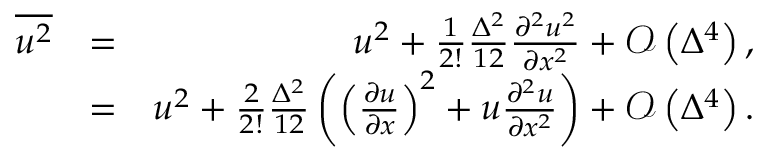
\begin{array} { r l r } { \overline { { { u ^ { 2 } } } } } & { = } & { u ^ { 2 } + \frac { 1 } { 2 ! } \frac { \Delta ^ { 2 } } { 1 2 } \frac { \partial ^ { 2 } u ^ { 2 } } { \partial x ^ { 2 } } + \mathcal { O } \left( \Delta ^ { 4 } \right) , } \\ & { = } & { u ^ { 2 } + \frac { 2 } { 2 ! } \frac { \Delta ^ { 2 } } { 1 2 } \left( \left( \frac { \partial u } { \partial x } \right) ^ { 2 } + u \frac { \partial ^ { 2 } u } { \partial x ^ { 2 } } \right) + \mathcal { O } \left( \Delta ^ { 4 } \right) . } \end{array}